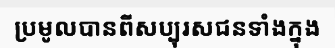
ប្រមូលបានពីសប្បុរសជនទាំងក្នុង